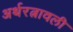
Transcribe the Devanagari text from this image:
अर्थरत्नावली